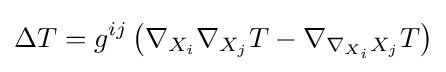
\Delta T=g^{ij}\left(\nabla _{X_{i}}\nabla _{X_{j}}T-\nabla _{\nabla _{X_{i}}X_{j}}T\right)